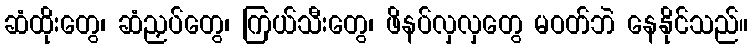
ဆံထိုးတွေ၊ ဆံညှပ်တွေ၊ ကြယ်သီးတွေ၊ ဖိနပ်လှလှတွေ မဝတ်ဘဲ နေနိုင်သည်။